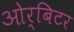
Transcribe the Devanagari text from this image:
ओर्बिटर